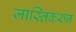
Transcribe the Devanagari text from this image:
जास्तिकरुन